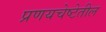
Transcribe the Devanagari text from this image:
प्रणयचेष्टेतील